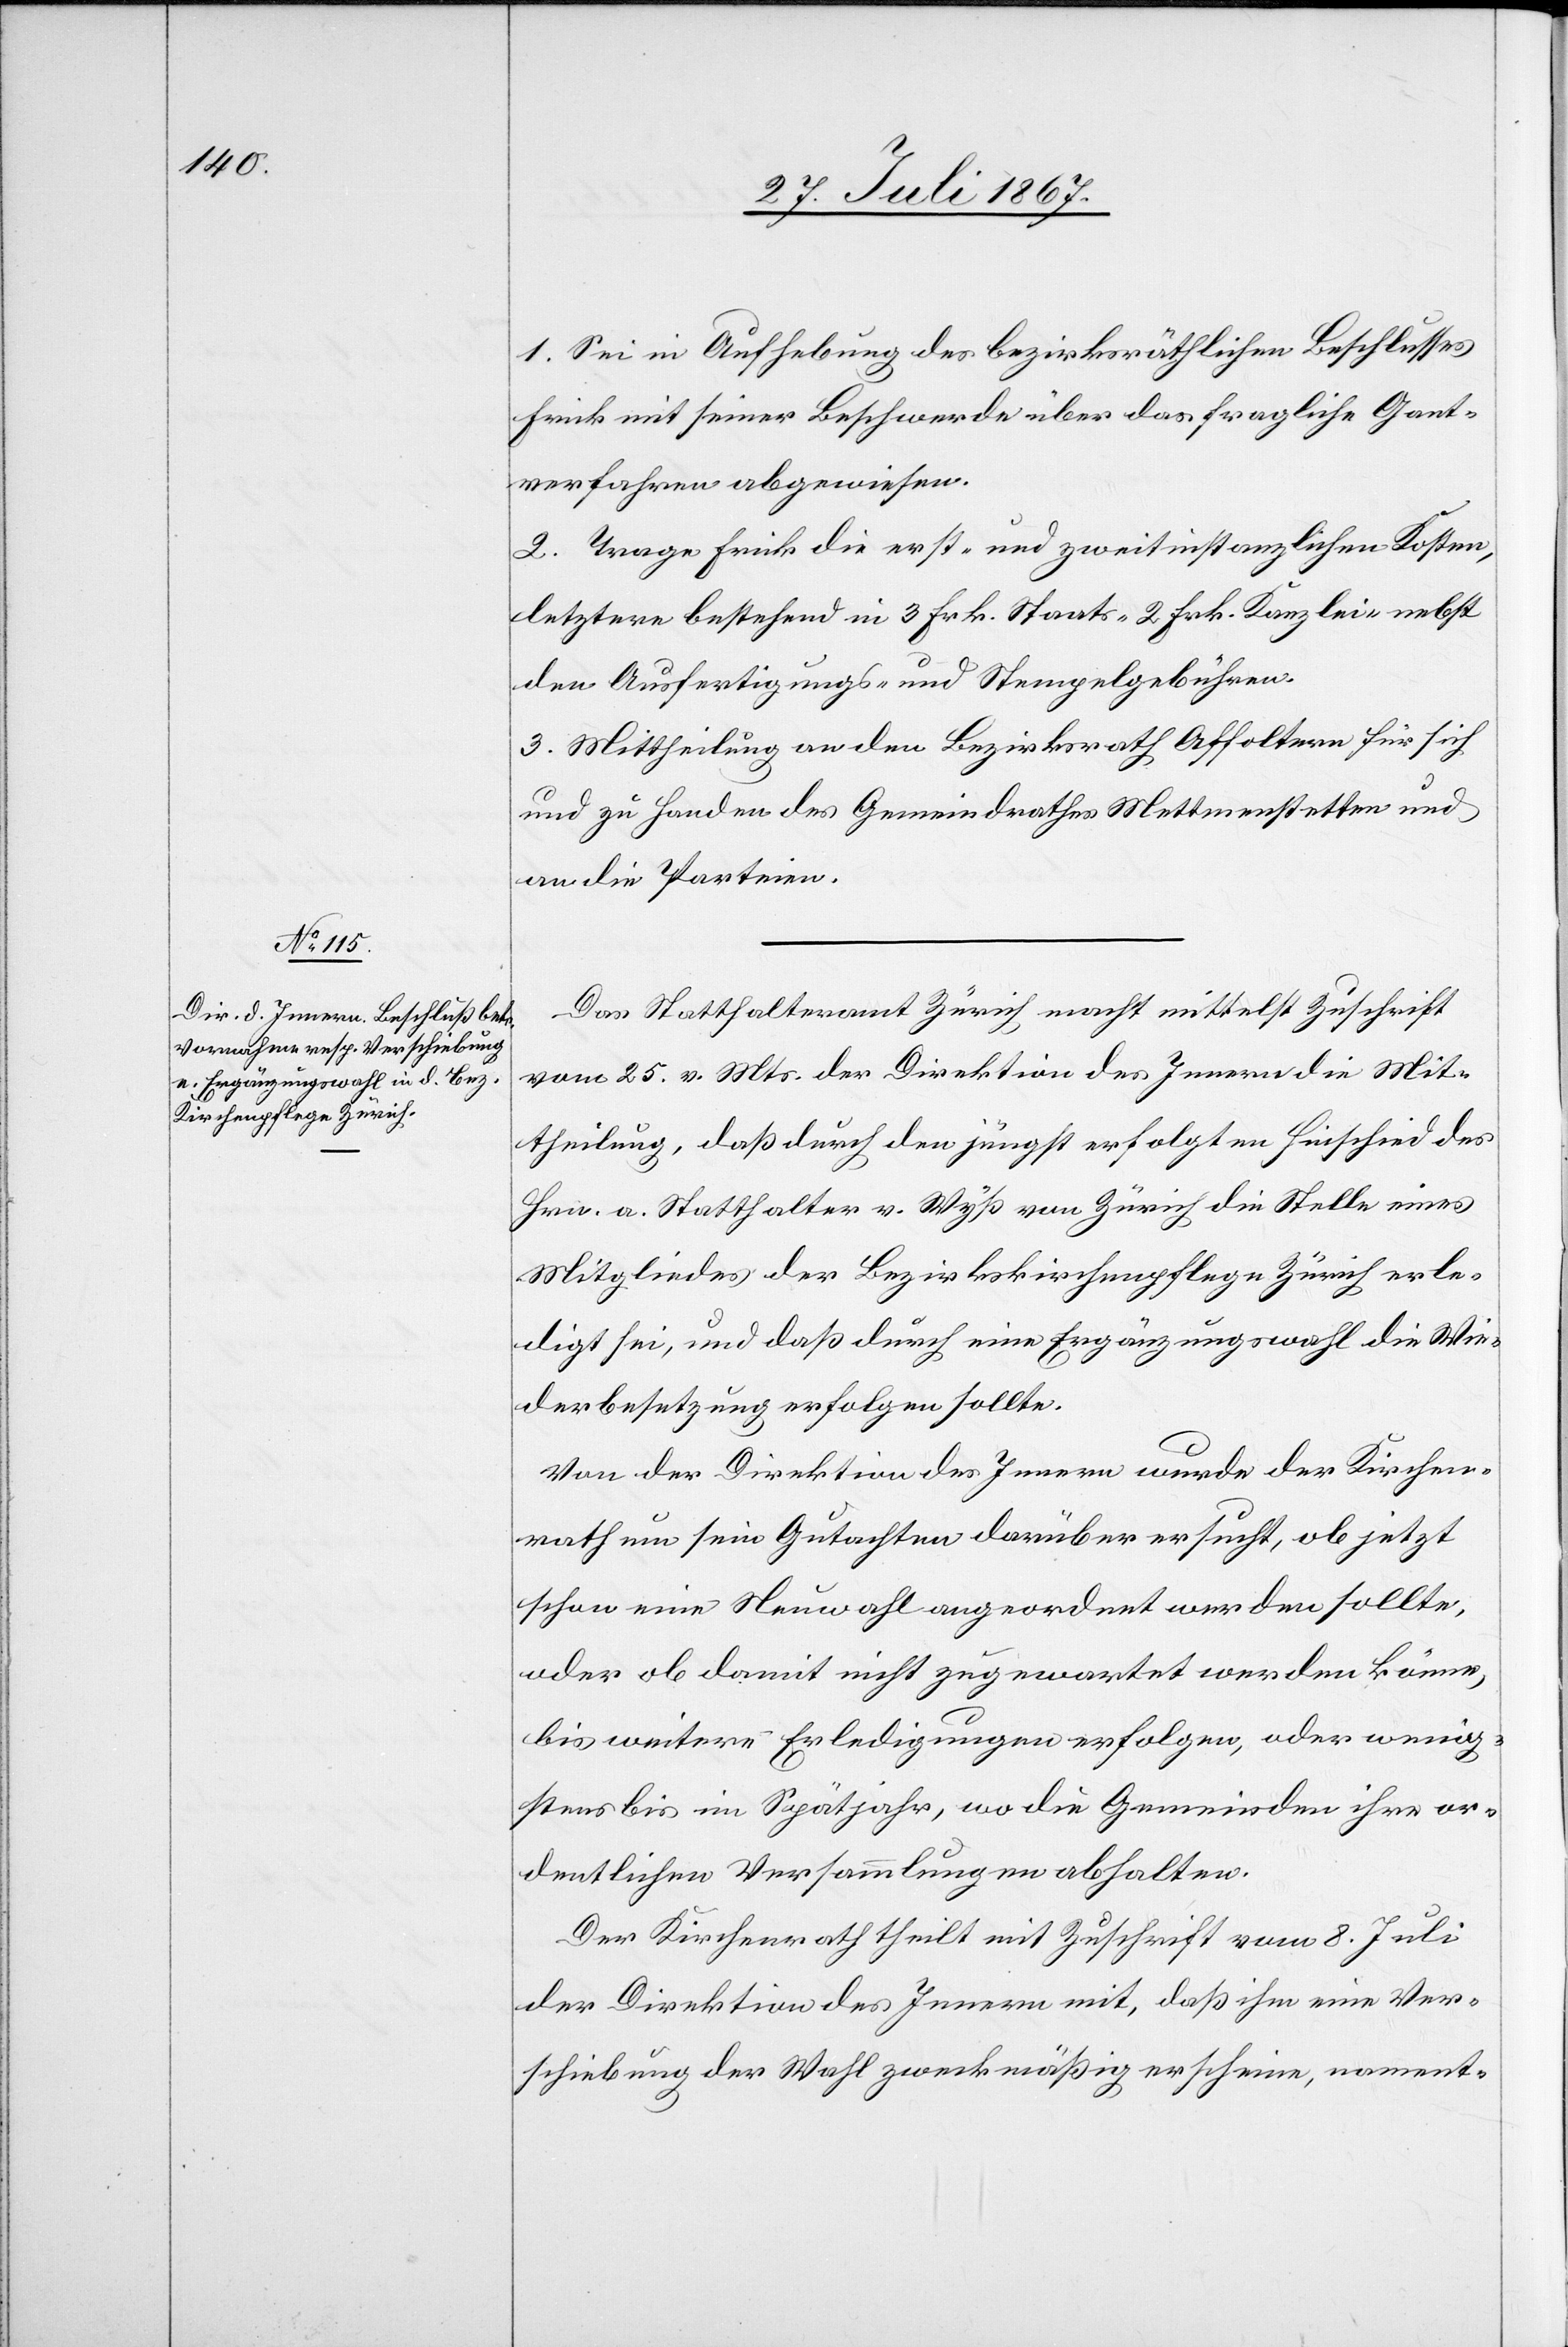
1. Sei in Aufhebung des bezirksräthlichen Beschlusses
Frick mit seiner Beschwerde über das fragliche Gant¬
verfahren abgewiesen.
2. Trage Frick die erst- und zweitinstanzlichen Kosten,
letztere bestehend in 3 Frk. Staats-[,] 2 Frk. Kanzlei- nebst
den Ausfertigungs- und Stempelgebühren.
3. Mittheilung an den Bezirksrath Affoltern für sich
und zu Handen des Gemeindrathes Mettmenstatten und
an die Parteien.
Das Statthalteramt Zürich macht mittelst Zuschrift
vom 25. v. Mts. der Direktion des Innern die Mit¬
theilung, daß durch den jüngst erfolgten Hinschied des
Hrn. a. Statthalters v. Wyß von Zürich die Stelle eines
Mitgliedes der Bezirkskirchenpflege Zürich erle¬
digt sei, und daß durch eine Ergänzungswahl die Wie¬
derbesetzung erfolgten sollte.
Von der Direktion des Innern wurde der Kirchen¬
rath um sein Gutachten darüber ersucht, ob jetzt
schon eine Neuwahl angeordnet werden sollte,
oder ob damit nicht zugewartet werden könne,
bis weitere Erledigungen erfolgen, oder wenig¬
stens bis im Spätjahr, wo die Gemeinden ihre or¬
dentlichen Versammlungen abhalten.
Der Kirchenrath theilt mit Zuschrift vom 8. Juli
der Direktion des Innern mit, das ihm eine Ver¬
schiebung der Wahl zweckmäßig erscheine, nament-